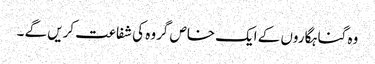
وہ گناہگاروں کے ایک خاص گروہ کی شفاعت کریں گے ۔